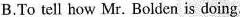
B.To tell how Mr. Bolden is doing.